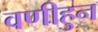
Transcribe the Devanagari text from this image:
वणीहुन